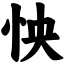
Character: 怏